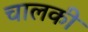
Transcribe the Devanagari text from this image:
चालकी